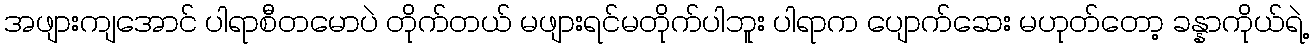
အဖျားကျအောင် ပါရာစီတမောပဲ တိုက်တယ် မဖျားရင်မတိုက်ပါဘူး ပါရာက ပျောက်ဆေး မဟုတ်တော့ ခန္နာကိုယ်ရဲ့